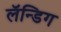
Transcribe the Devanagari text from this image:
लॅन्डिग